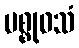
မစ္စုဝသံ